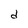
Character: d